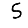
Digit: 5